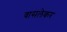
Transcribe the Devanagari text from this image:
वासलेकर